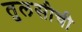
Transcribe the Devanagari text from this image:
तुलसीची